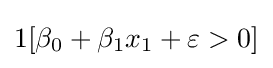
1[\beta _{0}+\beta _{1}x_{1}+\varepsilon >0]